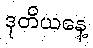
ဒုတိယနေ့